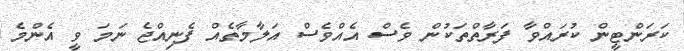
ކަރަންޓީން ކުރައްވާ ފަރާތްތަކުން ވެސް އެއްވެސް އަލާމާތެއް ފެނިއްޖެ ނަމަ ވީ އެންމެ